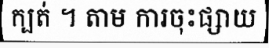
ក្បត់ ។ តាម ការចុះផ្សាយ